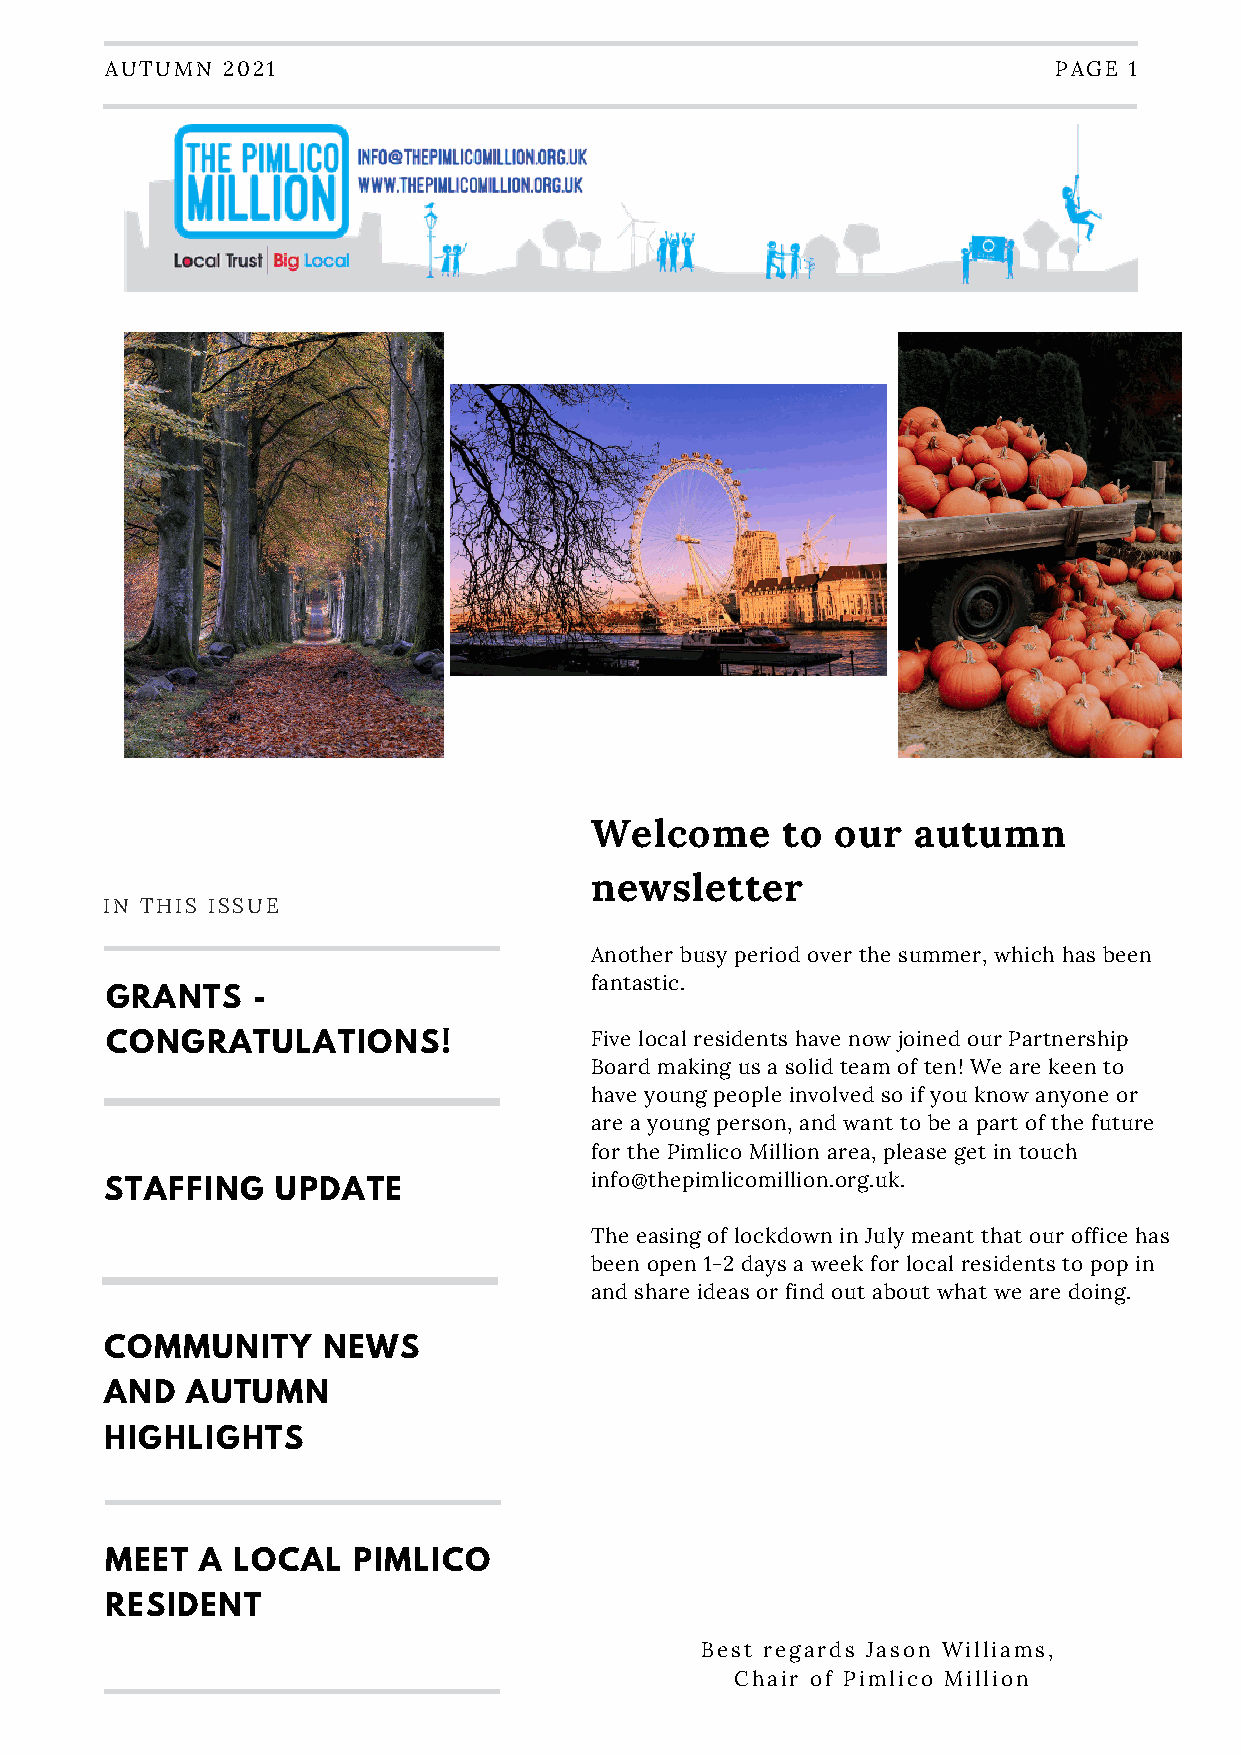
AUTUMN  2021                                                   PAGE 1
 Welcome      to our   autumn
 newsletter
 IN THIS ISSUE
 Another busy period over the summer, which has been
 fantastic.
 GRANTS    -
 CONGRATULATIONS!                Five local residents have now joined our Partnership
 Board making us a solid team of ten! We are keen to
 have young people involved so if you know anyone or
 are a young person, and want to be a part of the future
 for the Pimlico Million area, please get in touch
 info@thepimlicomillion.org.uk.
 STAFFING   UPDATE
 The easing of lockdown in July meant that our office has
 been open 1-2 days a week for local residents to pop in
 and share ideas or find out about what we are doing.
 COMMUNITY     NEWS
 AND  AUTUMN
 HIGHLIGHTS
 MEET  A LOCAL   PIMLICO
 RESIDENT
 Best regards Jason Williams,
 Chair of Pimlico Million